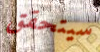
سيتحقق